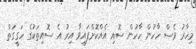
މިހާރު ވެސް ހާހުން ހާހުން ސޮއި އެއްކޮށްފައިވާ އިރު އެ ސޮއިތަކުގެ ހަގީގަތް